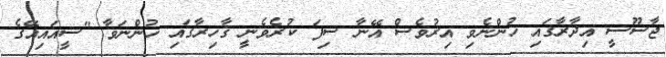
ޖާސޫސީ އިދާރާގައި ހުންނެވި އިރުވެސް އޭނާ ސިފަ ކުރެވެނީ ޤާހިރާގައި ހުންނަވާ "ސީއައިއޭގެ